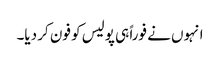
انہوں نے فوراً ہی پولیس کو فون کر دیا۔